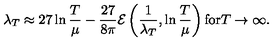
\lambda _ { T } \approx 2 7 \ln \frac { T } { \mu } - \frac { 2 7 } { 8 \pi } { \cal E } \left( \frac { 1 } { \lambda _ { T } } , \ln \frac { T } { \mu } \right) \mathrm { f o r } T \rightarrow \infty .